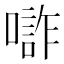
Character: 𱔧